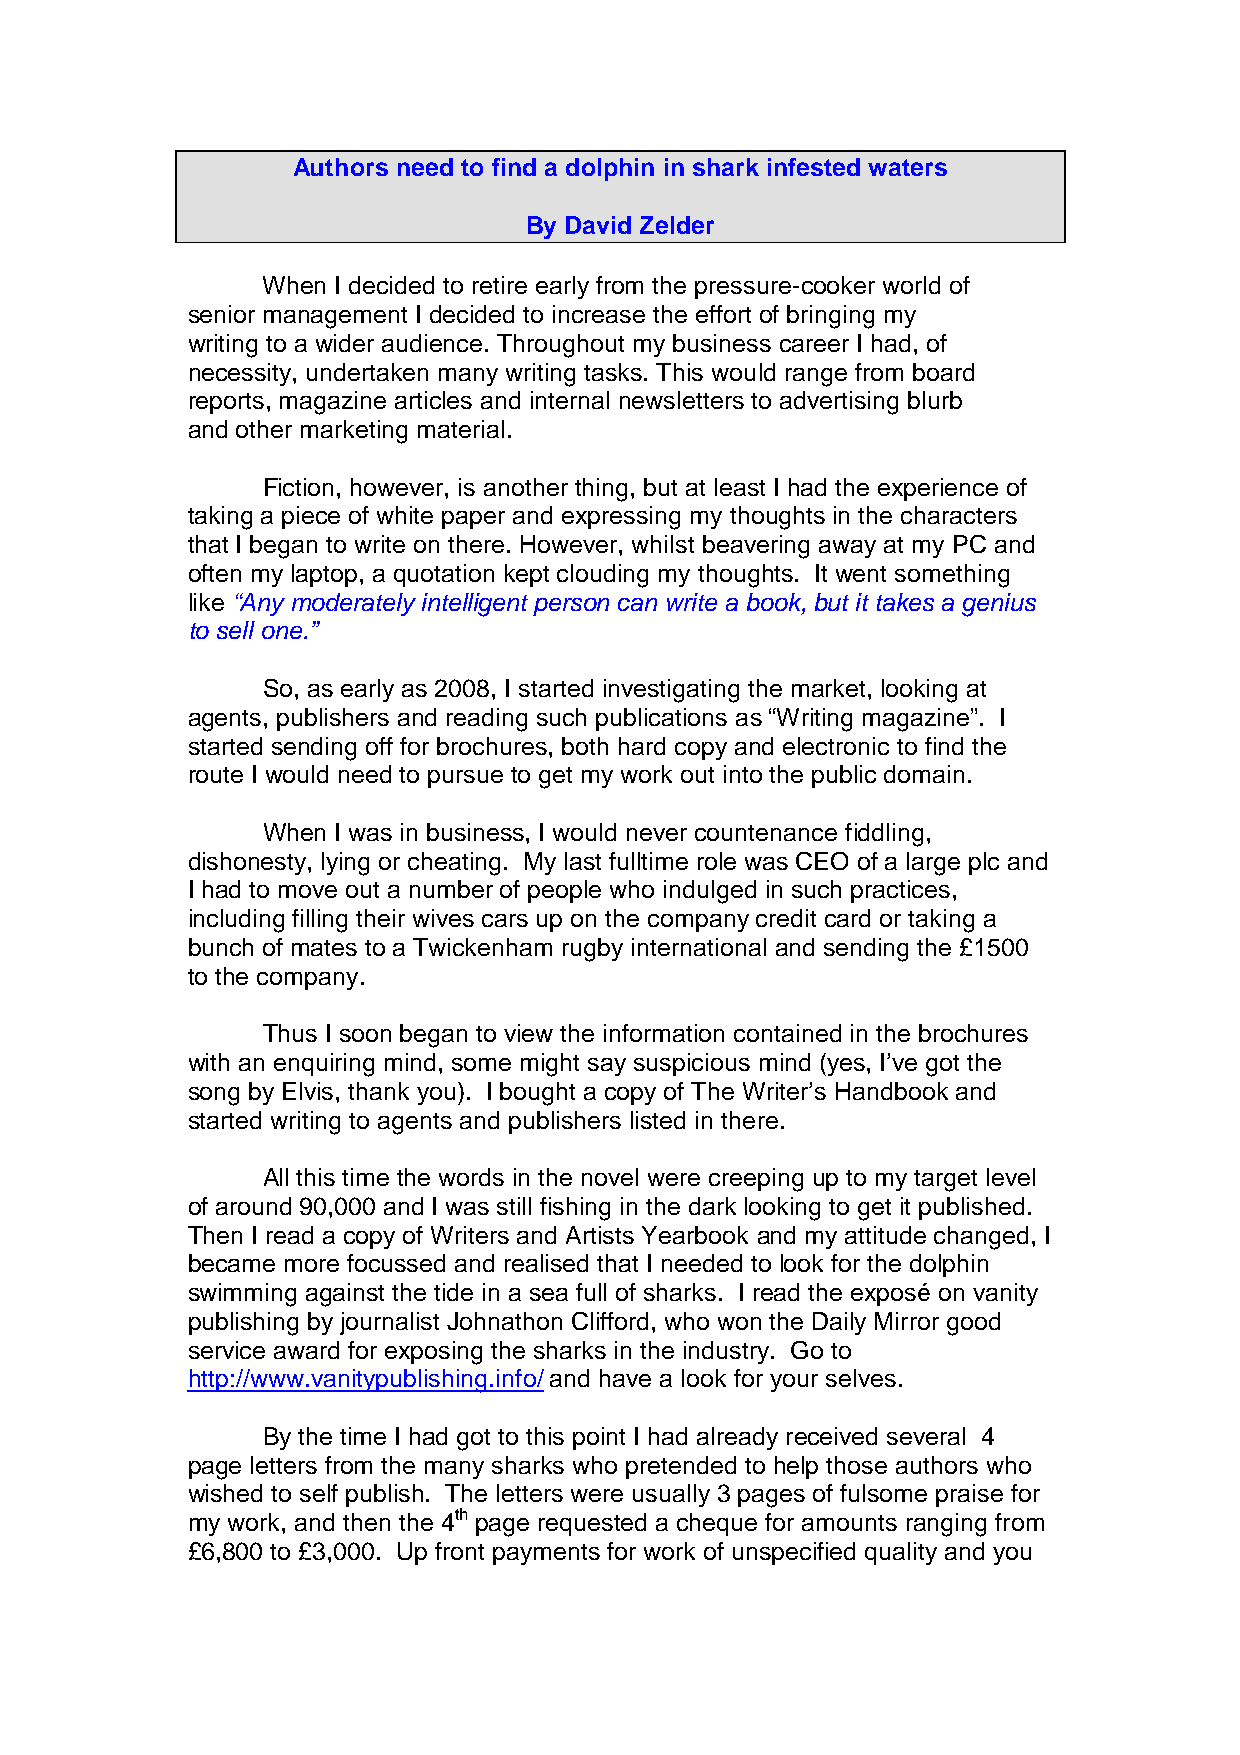
Authors need to find a dolphin in shark infested waters
 By David Zelder
 When I decided to retire early from the pressure-cooker world of
 senior management I decided to increase the effort of bringing my
 writing to a wider audience. Throughout my business career I had, of
 necessity, undertaken many writing tasks. This would range from board
 reports, magazine articles and internal newsletters to advertising blurb
 and other marketing material.
 Fiction, however, is another thing, but at least I had the experience of
 taking a piece of white paper and expressing my thoughts in the characters
 that I began to write on there. However, whilst beavering away at my PC and
 often my laptop, a quotation kept clouding my thoughts. It went something
 like “Any moderately intelligent person can write a book, but it takes a genius
 to sell one.”
 So, as early as 2008, I started investigating the market, looking at
 agents, publishers and reading such publications as “Writing magazine”. I
 started sending off for brochures, both hard copy and electronic to find the
 route I would need to pursue to get my work out into the public domain.
 When I was in business, I would never countenance fiddling,
 dishonesty, lying or cheating. My last fulltime role was CEO of a large plc and
 I had to move out a number of people who indulged in such practices,
 including filling their wives cars up on the company credit card or taking a
 bunch of mates to a Twickenham rugby international and sending the £1500
 to the company.
 Thus I soon began to view the information contained in the brochures
 with an enquiring mind, some might say suspicious mind (yes, I’ve got the
 song by Elvis, thank you). I bought a copy of The Writer’s Handbook and
 started writing to agents and publishers listed in there.
 All this time the words in the novel were creeping up to my target level
 of around 90,000 and I was still fishing in the dark looking to get it published.
 Then I read a copy of Writers and Artists Yearbook and my attitude changed, I
 became more focussed and realised that I needed to look for the dolphin
 swimming against the tide in a sea full of sharks. I read the exposé on vanity
 publishing by journalist Johnathon Clifford, who won the Daily Mirror good
 service award for exposing the sharks in the industry. Go to
 http://www.vanitypublishing.info/ and have a look for your selves.
 By the time I had got to this point I had already received several 4
 page letters from the many sharks who pretended to help those authors who
 wished to self publish. The letters were usually 3 pages of fulsome praise for
 my work, and then the 4th page requested a cheque for amounts ranging from
 £6,800 to £3,000. Up front payments for work of unspecified quality and you